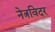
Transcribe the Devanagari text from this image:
नेत्रविदर